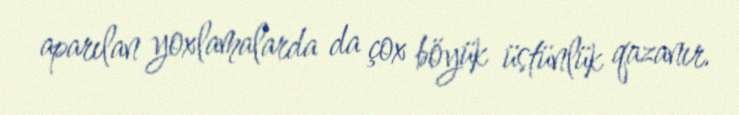
aparılan yoxlamalarda da çox böyük üstünlük qazanır.